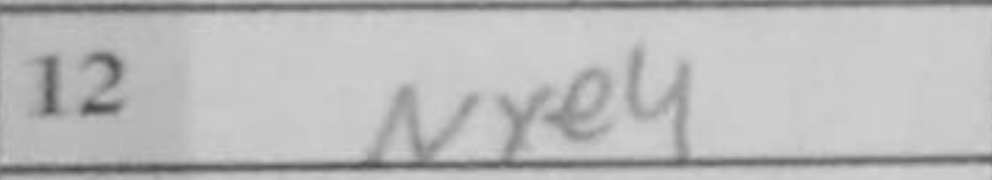
Transcription: Nxe4